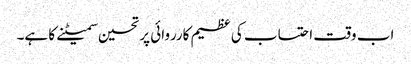
اب وقت احتساب کی عظیم کارروائی پر تحسین سمیٹنے کا ہے۔